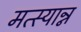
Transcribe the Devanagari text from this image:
मत्स्यान्न